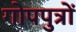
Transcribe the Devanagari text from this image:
गोपपुत्रों